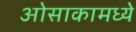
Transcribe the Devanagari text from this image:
ओसाकामध्ये